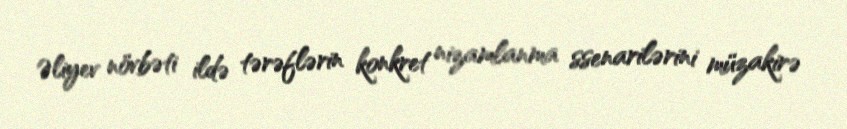
Əliyev növbəti ildə tərəflərin konkret nizamlanma ssenarilərini müzakirə